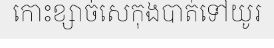
កោះខ្សាច់សេកុងបាត់ទៅយូរ